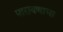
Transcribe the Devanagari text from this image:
पारायणाचा